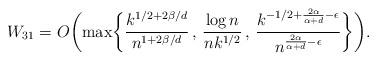
LaTeX: \begin{align*}W_{31} = O \biggl( \max \biggl\{ \frac{k^{1/2+2\beta/d}}{n^{1+2\beta/d}} \, , \, \frac{\log n}{nk^{1/2}} \, , \, \frac{k^{-1/2 + \frac{2 \alpha}{\alpha+d} - \epsilon}}{n^{ \frac{2 \alpha}{\alpha+d} - \epsilon}} \biggr\} \biggr).\end{align*}